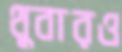
থুবারও